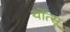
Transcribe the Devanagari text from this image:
र्योत्सू